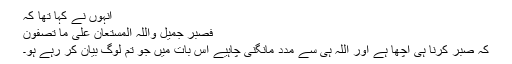
انہوں نے کہا تھا کہ
فَصَبْرٌ جَمِیْلٌ وَاللّٰہُ الْمُسْتَعَانُ عَلٰی مَا تَصِفُوْنَ
کہ صبر کرنا ہی اچھا ہے اور اللہ ہی سے مدد مانگنی چاہیے اس بات میں جو تم لوگ بیان کر رہے ہو۔